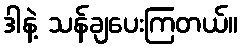
ဒါနဲ့ သန်ချပေးကြတယ်။